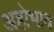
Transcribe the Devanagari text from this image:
अहोभाव